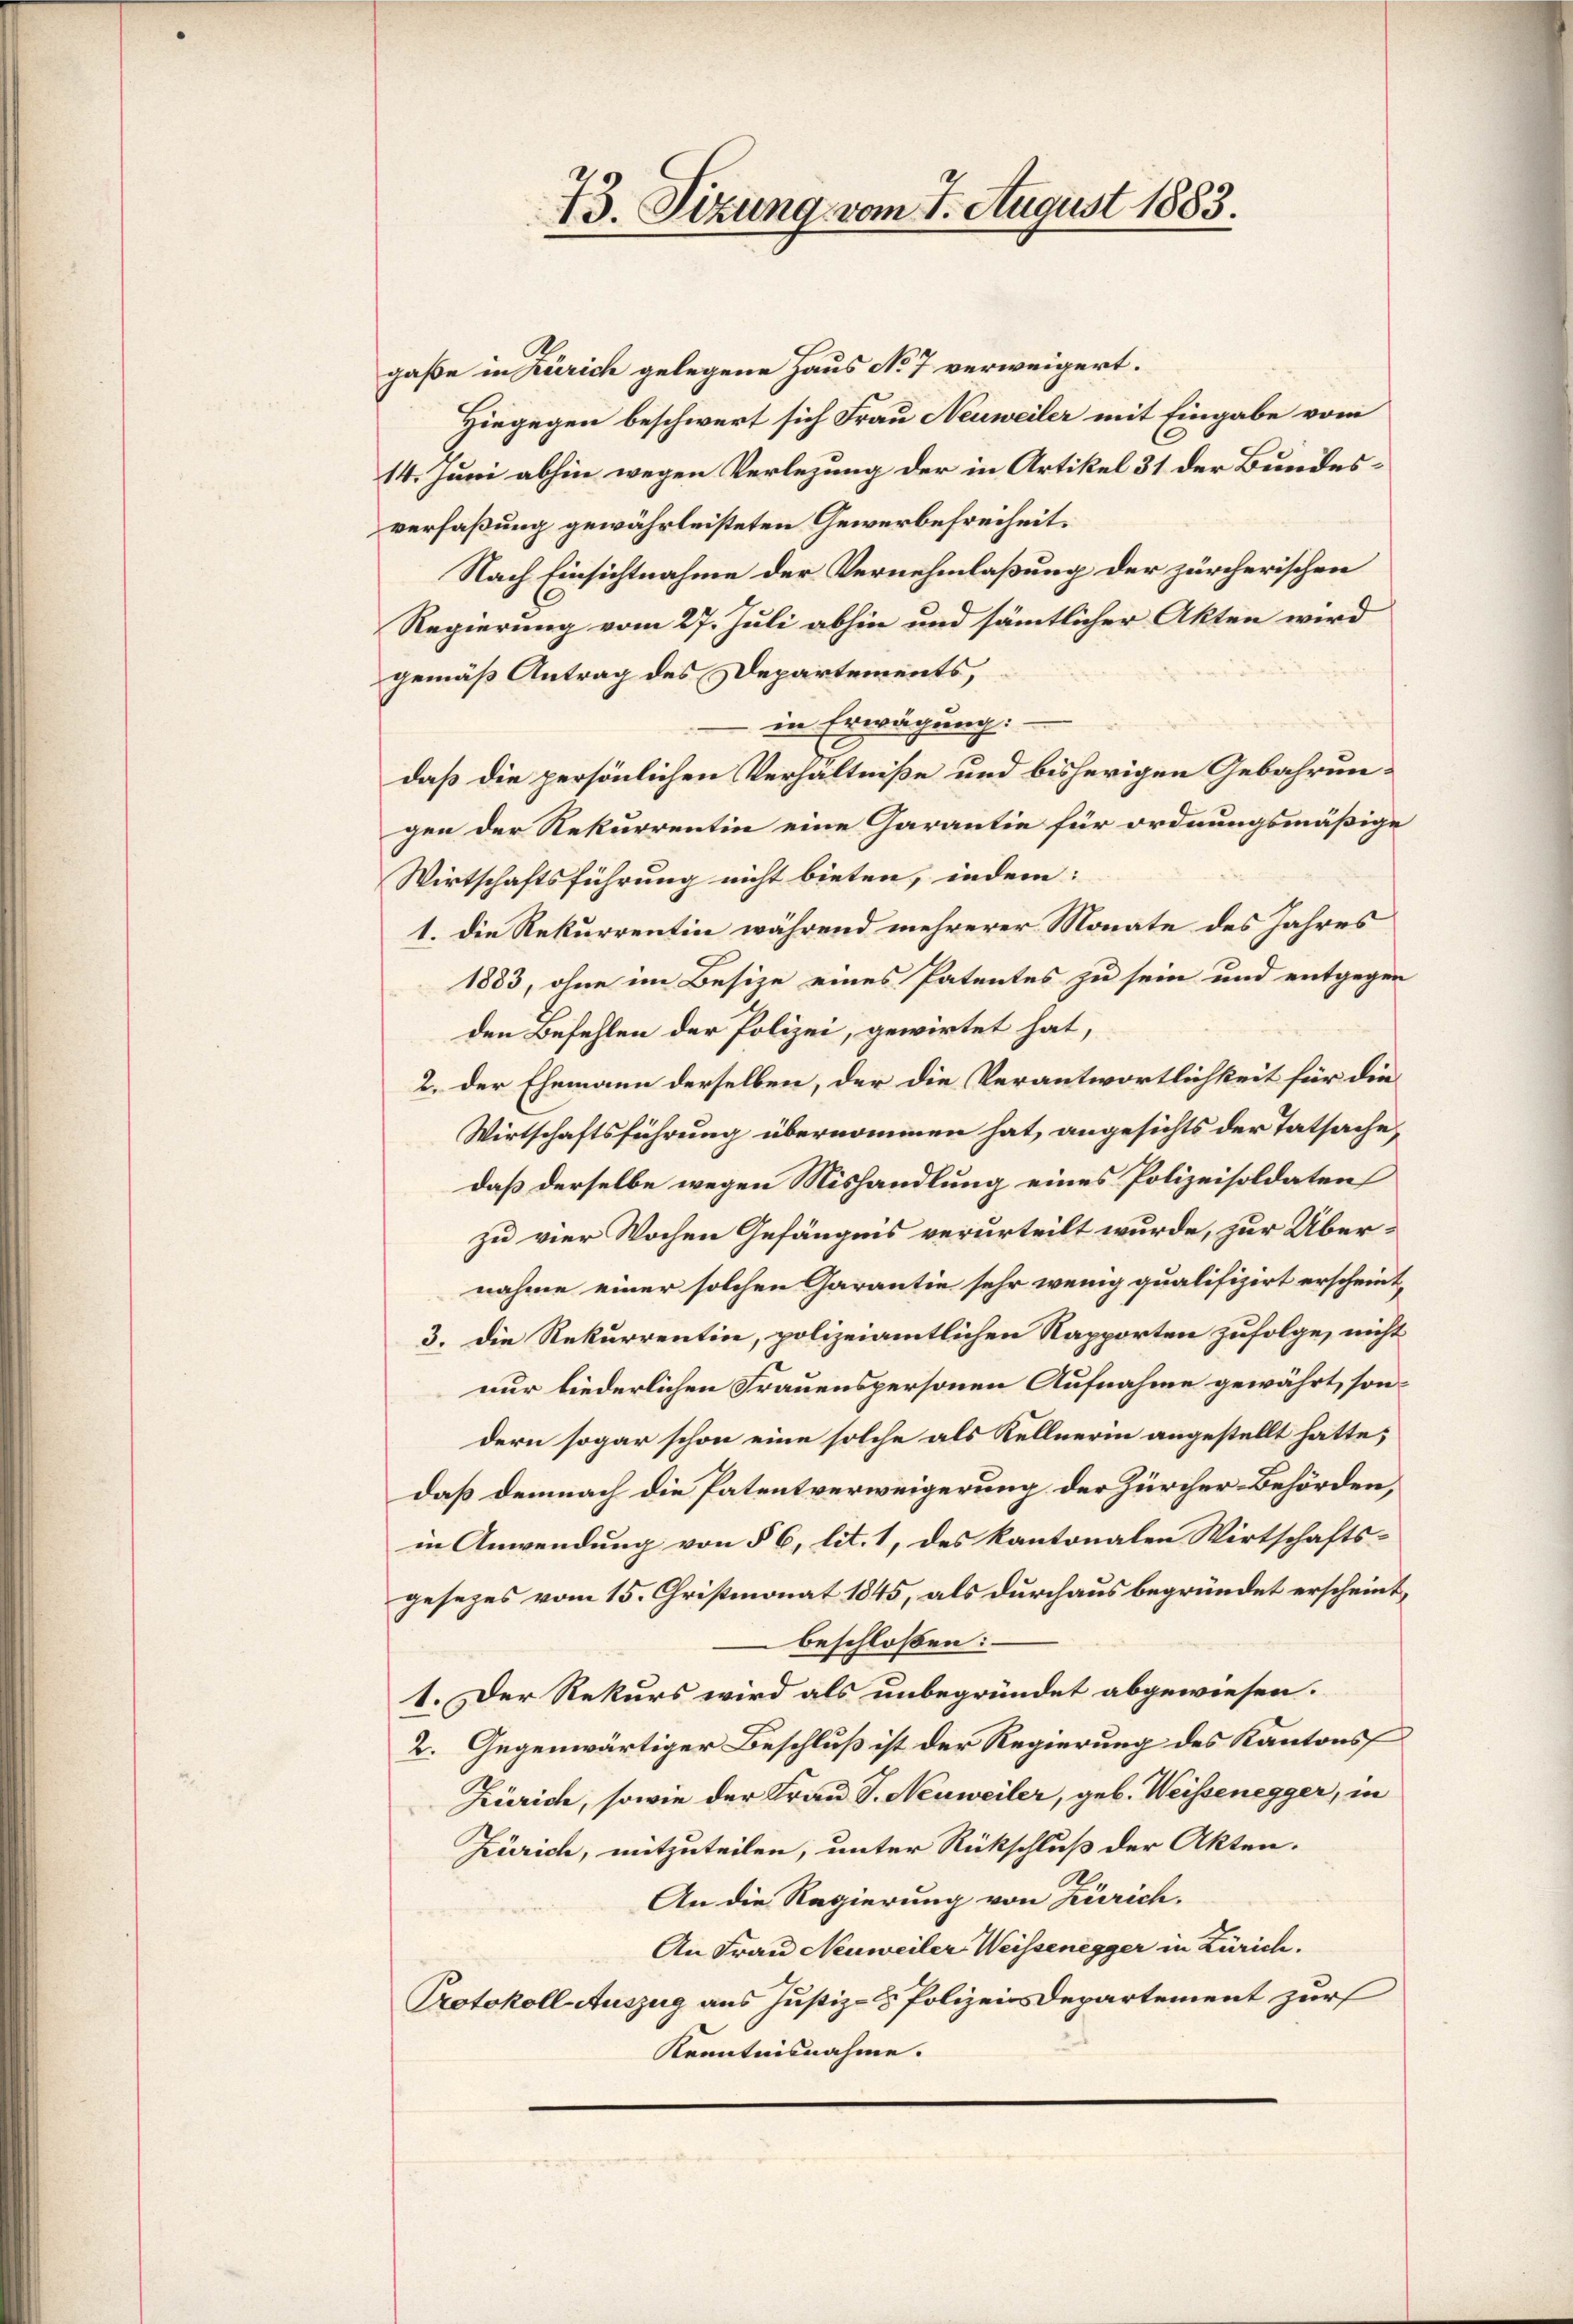
13. Sizung vom 7. August 1883.

gaße in Zürich gelegene Haus No 7 verweigert.
Hiegegen beschwert sich Frau Neuweiler mit Eingabe vom
14. Juni abhin wegen Verlegung der in Artikel 31 der Bundesverfaßung gewährleisteten Gewerbefreiheit.
Nach Einsichtnahme der Vernehmlaßung der zürcherischen
Regierung vom 27. Juli abhin und sämtlicher Akten wird
gemäß Antrag des Departements,
in Erwägung.
daß die persönlichen Verhältniße und bisherigen Gebahrungen der Rekurrentin eine Garantie für ordnungsmäßige
Wirtschaftsführung nicht bieten, indem:
1. die Rekurrentin während mehrerer Monate des Jahres
1883, ohne im Besize eines Patentes zu sein und entgegen
den Befehlen der Polizei, gewirtet hat,
2. der Ehemann derselben, der die Verantwortlichkeit für die
Wirtschaftsführung übernommen hat, angesichts der Tatsache
daß derselbe wegen Mishandlung eines Polizeisoldaten
zu vier Wochen Gefängnis verurteilt wurde, zur Übernahme einer solchen Garantie sehr wenig qualifizirt erscheint,
3. die Rekurrentin, polizeiamtlichen Rapporten zufolge, nicht
nur liederlichen Frauenspersonen Aufnahme gewährt, sondern sogar schon eine solche als Kellnerin angestellt hatte;
daß demnach die Patentverweigerung der Zürcher Behörden,
in Anwendung von § 6, lit. 1, des kantonalen Wirtschafts-
gesezes vom 15. Christmonat 1845, als durchaus begründet erscheint,
beschloßen:
1. Der Rekurs wird als unbegründet abgewiesen.
2. Gegenwärtiger Beschluß ist der Regierung des Kantons
Zürich, sowie der Frau T. Neuweiler, geb. Weissenegger, in
Zürich, mitzuteilen, unter Rückschluß der Akten.
.
An die Regierung von Zürich.
An Frau Neuweiler Weissenegger in Zürich.
Protokoll Auszug aus Justiz- & Polizeisdepartement zur
Kenntnisnahme.